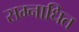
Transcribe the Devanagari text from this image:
सम्नाधित